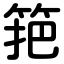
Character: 筢